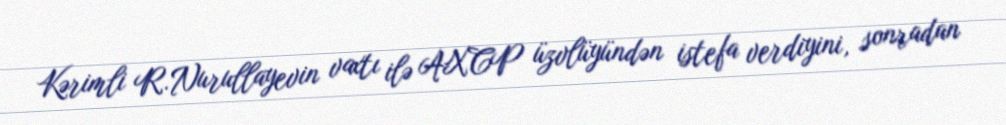
Kərimli R.Nurullayevin vaxtı ilə AXCP üzvlüyündən istefa verdiyini, sonradan